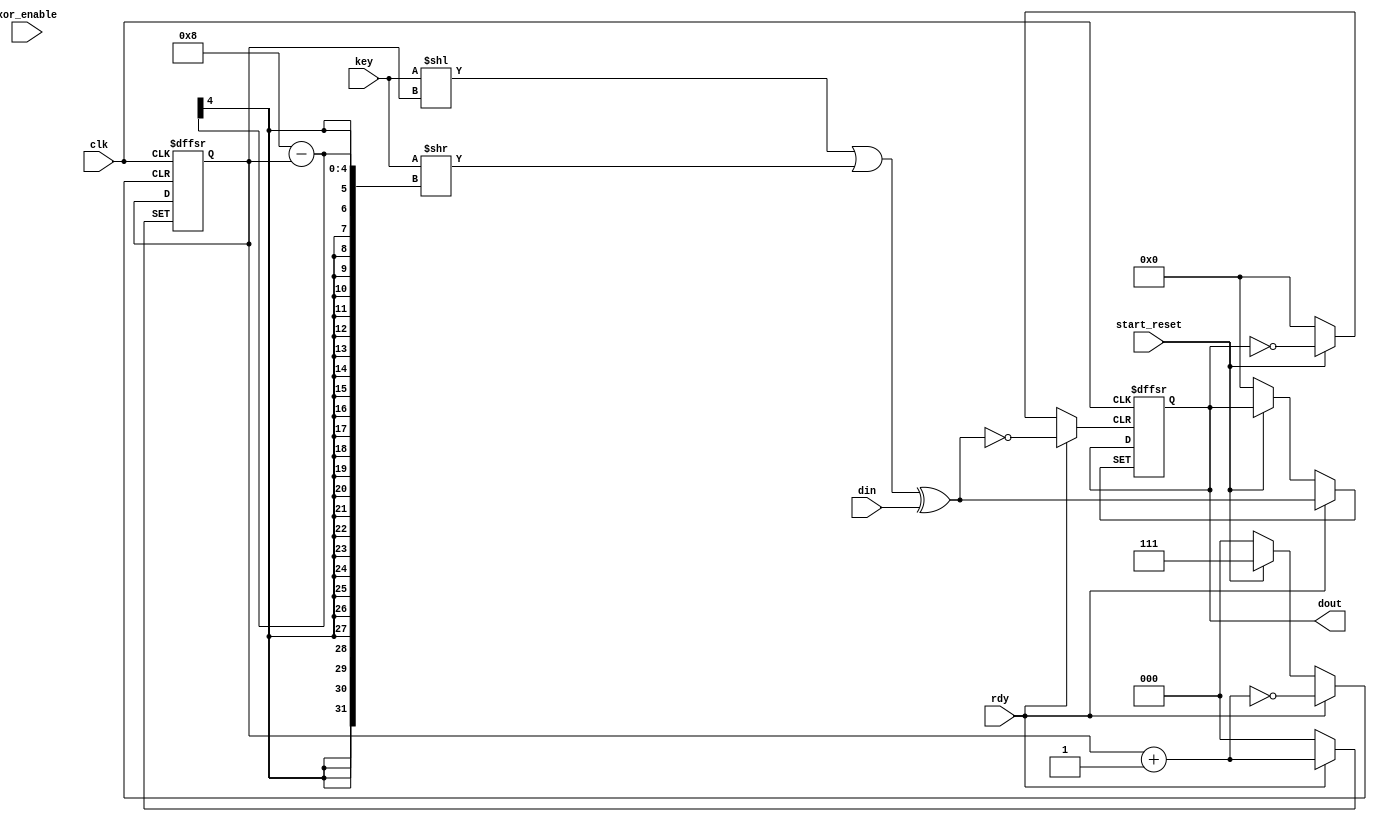
module xorModule (
    // Inputs
    input wire clk,                 // Operating Clock
    input wire rdy,
    input wire[7:0] din,            // Data byte to encrypt
    input wire start_reset,         // Start/Reset switch
    input wire xor_enable,          // XOR Encryption switch
    input wire [7:0] key,
    // Outputs
    output reg [7:0] dout           // Encrypted data byte
    //output reg led_complete,         // LED for completed state
    //output reg done
    );
    
    reg[2:0] shift;
    //reg[7:0] key=8'b0000_1001;
    //reg[7:0] xorTransform
    //reg counter;
    
    wire [7:0] shiftWire;
   
    assign shiftWire=(key << shift) | (key >> (8 - shift));
    
    always @(posedge clk or posedge start_reset or posedge rdy) begin

        if (start_reset) begin
            shift<=3'b000;
            //shiftWire<=0;
            end 
        
         else begin
         
         if(rdy) begin
            
            dout = shiftWire ^ din;
            shift <= shift+1;

         end

         
         end   
            
     end   
     
//     //assign shiftWire=shift;
     
//      always@(posedge rdy) begin
//if(rdy) begin
//dout = din^key;
////shift<=shift+1;

////done=rdy;
//end

//end    

endmodule